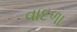
વાદળા